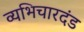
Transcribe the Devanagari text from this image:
व्यभिचारदंड